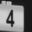
Digit: 4